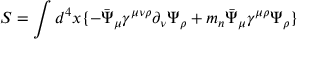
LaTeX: S = \int d ^ { 4 } x \{ - \bar { \Psi } _ { \mu } \gamma ^ { \mu \nu \rho } \partial _ { \nu } \Psi _ { \rho } + m _ { n } \bar { \Psi } _ { \mu } \gamma ^ { \mu \rho } \Psi _ { \rho } \}